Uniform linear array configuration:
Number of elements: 4
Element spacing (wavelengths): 0.75
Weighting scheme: blackman
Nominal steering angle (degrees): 60
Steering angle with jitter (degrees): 59.096
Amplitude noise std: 0.05
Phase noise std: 0.05

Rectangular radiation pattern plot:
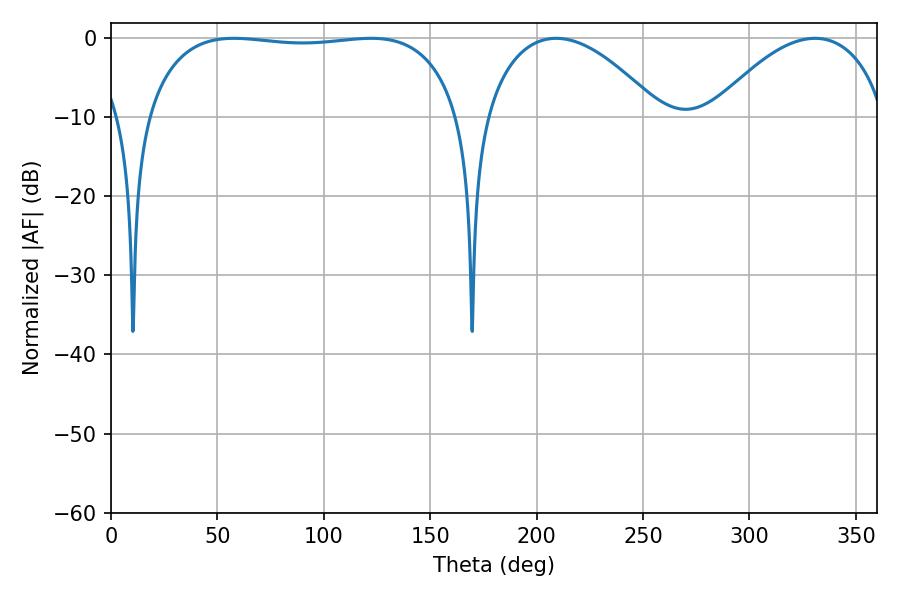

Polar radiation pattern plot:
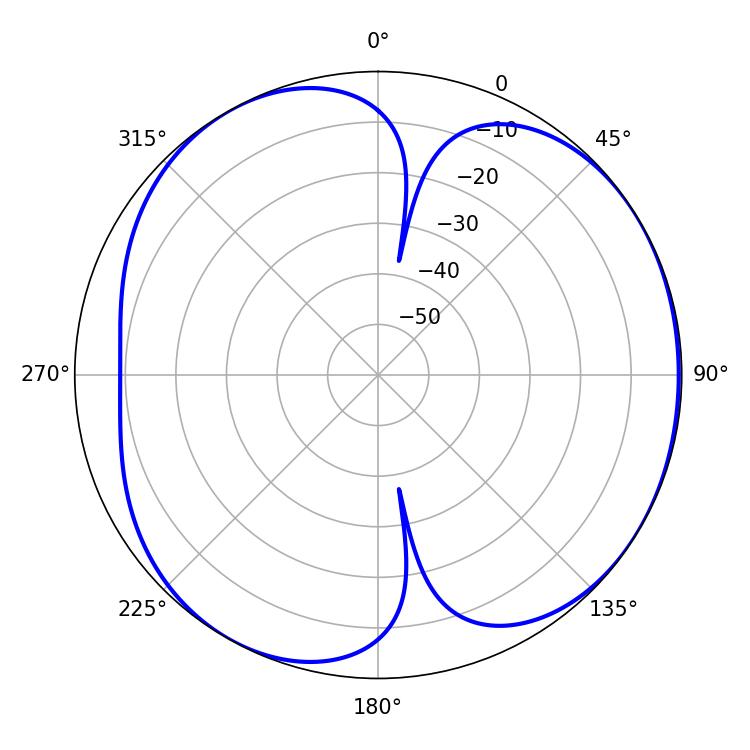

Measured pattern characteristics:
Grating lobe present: TRUE
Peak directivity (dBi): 4.807
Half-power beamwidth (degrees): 118.08
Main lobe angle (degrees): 57.78